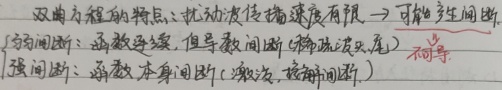
双曲方程的特点：扰动波传播速度有限$\to$可能产生间断。
{弱间断：函数连续，但导数间断（稀疏波头、尾）
强间断：函数本身间断（激波，接触间断）}  不等号